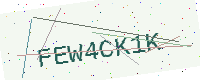
Text: FEW4CK1K